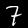
Digit: 7